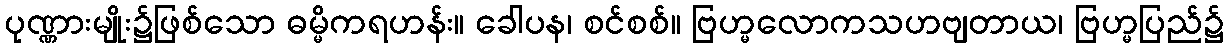
ပုဏ္ဏားမျိုး၌ဖြစ်သော ဓမ္မိကရဟန်း။ ခေါပန၊ စင်စစ်။ ဗြဟ္မလောကသဟဗျတာယ၊ ဗြဟ္မပြည်၌